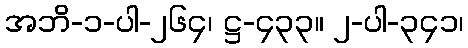
အဘိ-၁-ပါ-၂၆၄၊ ဋ္ဌ-၄၃၃။ ၂-ပါ-၃၄၁၊